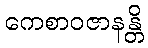
ကေစာဝဇာနန္တိ